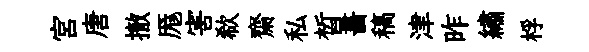
宫唐撤厖害欷齋私晳畵稿津昨繡桴